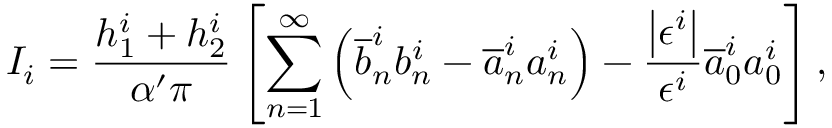
I _ { i } = \frac { h _ { 1 } ^ { i } + h _ { 2 } ^ { i } } { \alpha ^ { \prime } \pi } \left[ \sum _ { n = 1 } ^ { \infty } \left( \overline { { { b } } } _ { n } ^ { i } b _ { n } ^ { i } - \overline { { { a } } } _ { n } ^ { i } a _ { n } ^ { i } \right) - \frac { \left| \epsilon ^ { i } \right| } { \epsilon ^ { i } } \overline { { { a } } } _ { 0 } ^ { i } a _ { 0 } ^ { i } \right] ,